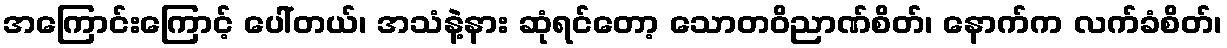
အကြောင်းကြောင့် ပေါ်တယ်၊ အသံနဲ့နား ဆုံရင်တော့ သောတဝိညာဏ်စိတ်၊ နောက်က လက်ခံစိတ်၊